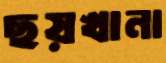
ছয়খানা